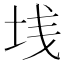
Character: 𱖒